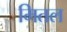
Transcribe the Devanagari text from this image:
मितल